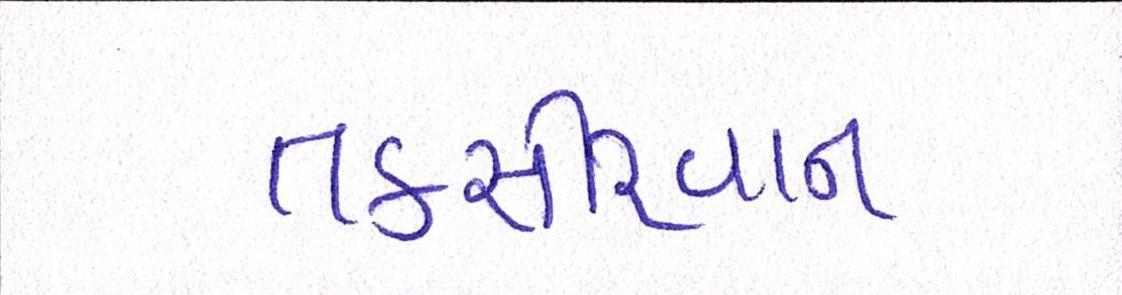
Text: તકસીરવાન